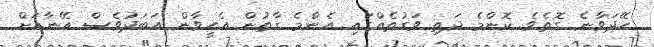
ހޭދަވާނެ ގޮތެވެ. ކޮންމެ ދަތި ވަގުތެއްގައި އެންމެ ގާތުން އެހީވާން އަބަދުވެސް އޭނާއަށް